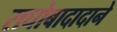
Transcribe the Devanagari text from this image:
राघोबादादाने